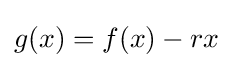
g(x)=f(x)-rx